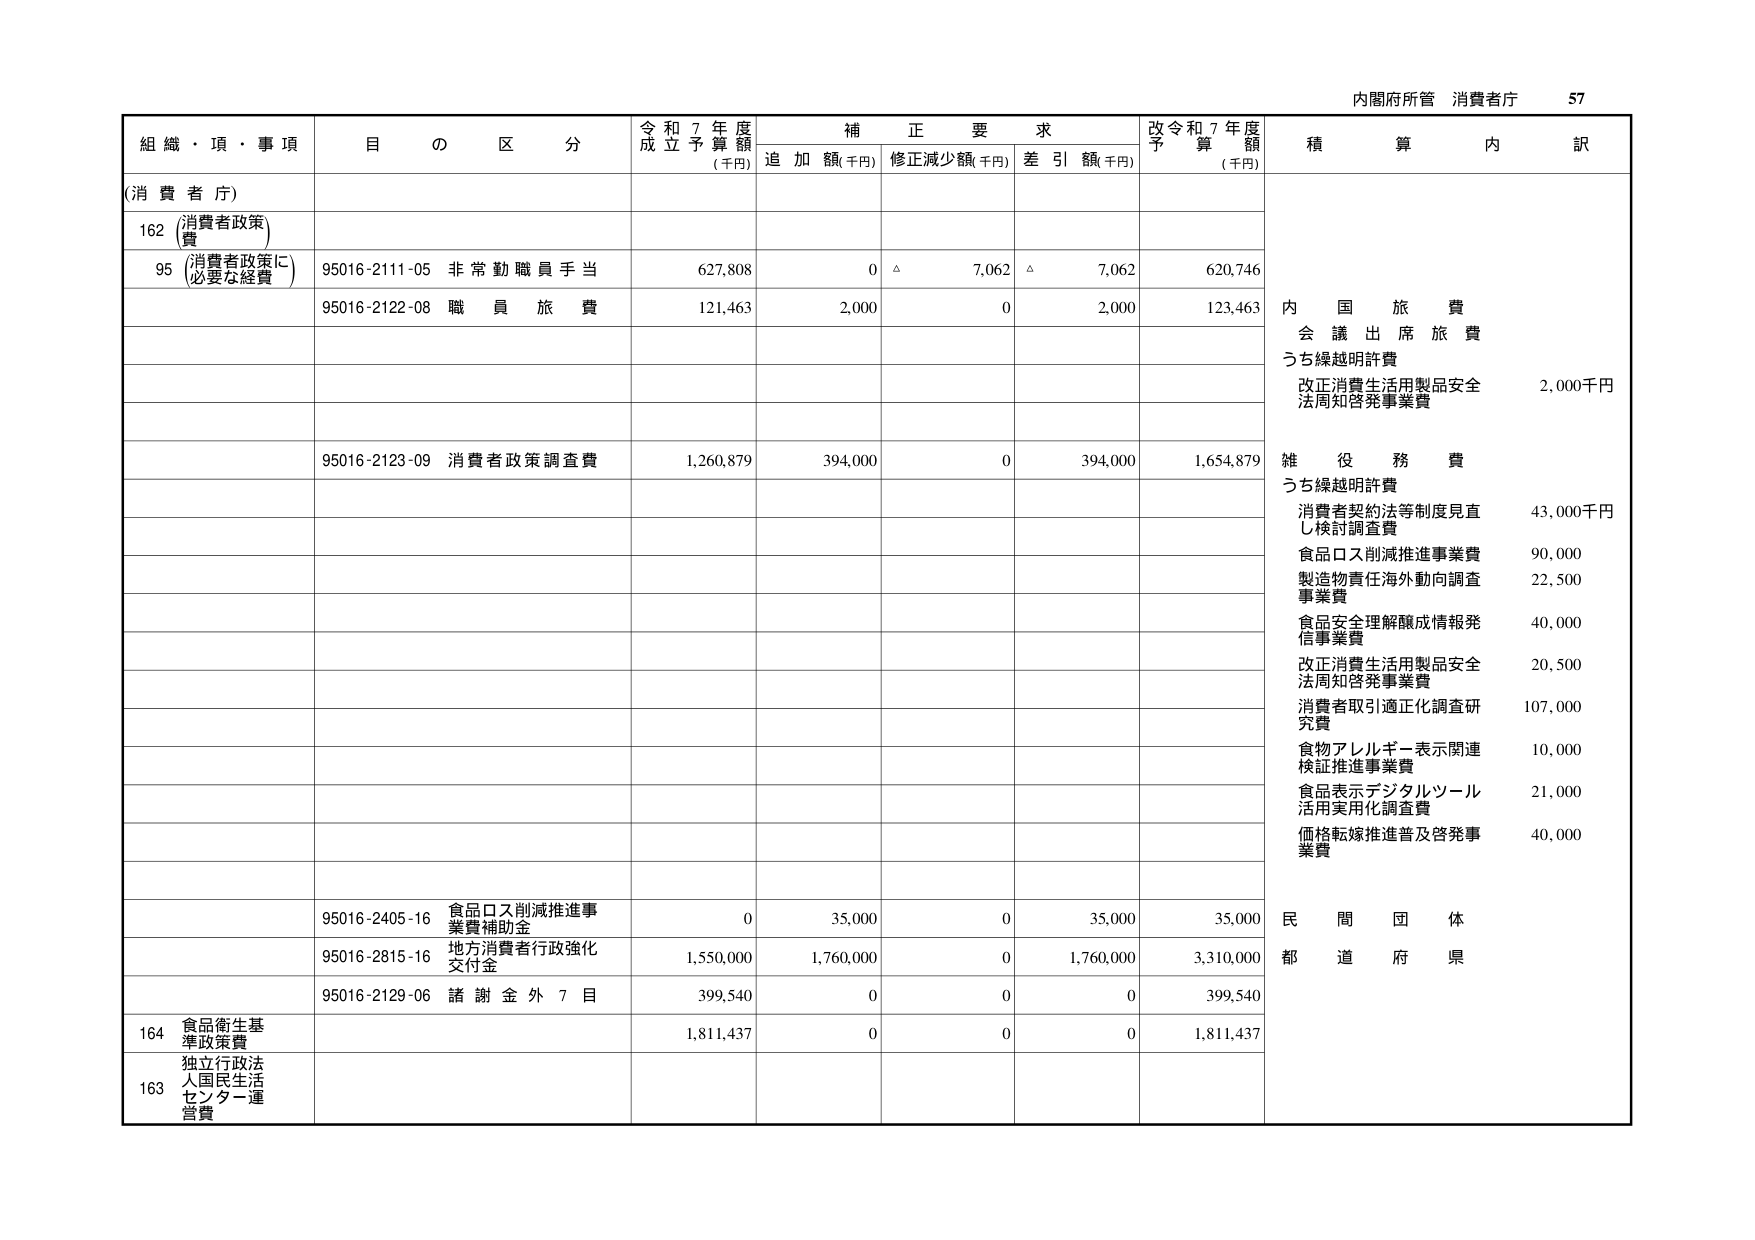
内閣府所管 消費者庁 57

組織・項・事項 目の区分 令和7年度成立予算額(千円) 補正要求 追加額(千円) 修正減少額(千円) 差引額(千円) 改令和7年度予算額(千円) 積算内訳

(消費者庁)

162 消費者政策費

95 (消費者政策に必要な経費) 95016-2111-05 非常勤職員手当 627,808 0 △ 7,062 △ 7,062 620,746

95016-2122-08 職員旅費 121,463 2,000 0 2,000 123,463 内国旅費 会議出席旅費 うち繰越明許費 改正消費生活用製品安全法周知啓発事業費 2,000千円

95016-2123-09 消費者政策調査費 1,260,879 394,000 0 394,000 1,654,879 雑役務費 うち繰越明許費 消費者契約法等制度見直し検討調査費 43,000千円 食品ロス削減推進事業費 90,000 製造物責任海外動向調査事業費 22,500 食品安全理解醸成情報発信事業費 40,000 改正消費生活用製品安全法周知啓発事業費 20,500 消費者取引適正化調査研究費 107,000 食物アレルギー表示関連検証推進事業費 10,000 食品表示デジタルツール活用実用化調査費 21,000 価格転嫁推進普及啓発事業費 40,000

95016-2405-16 食品ロス削減推進事業費補助金 0 35,000 0 35,000 35,000 民間団体

95016-2815-16 地方消費者行政強化交付金 1,550,000 1,760,000 0 1,760,000 3,310,000 都道府県

95016-2129-06 諸謝金外7目 399,540 0 0 0 399,540

164 食品衛生基準政策費 1,811,437 0 0 0 1,811,437

163 独立行政法人国民生活センター運営費